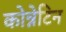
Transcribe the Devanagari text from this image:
कोन्नेटिन